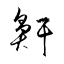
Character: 鼾